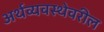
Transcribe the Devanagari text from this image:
अर्थव्यवस्थेवरील